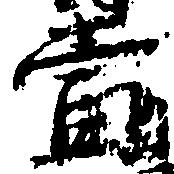
当